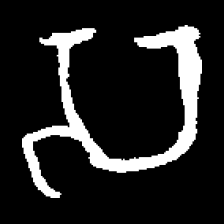
Pyu character \u2014 Myanmar letter: သ (romanized: sa)